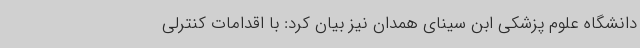
دانشگاه علوم پزشکی ابن سینای همدان نیز بیان کرد: با اقدامات کنترلی